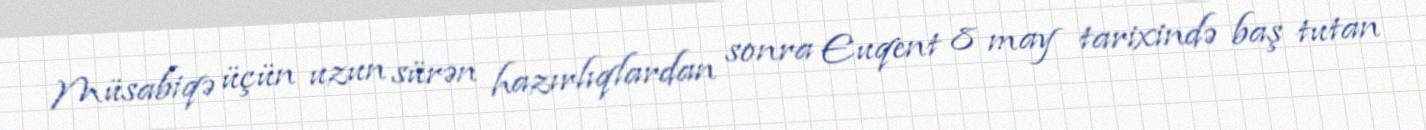
Müsabiqə üçün uzun sürən hazırlıqlardan sonra Euqent 8 may tarixində baş tutan